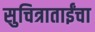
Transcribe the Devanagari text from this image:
सुचित्राताईंचा